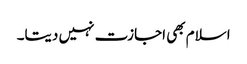
اسلام بھی اجازت نہیں دیتا۔